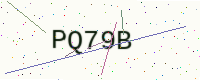
Text: PQ79B